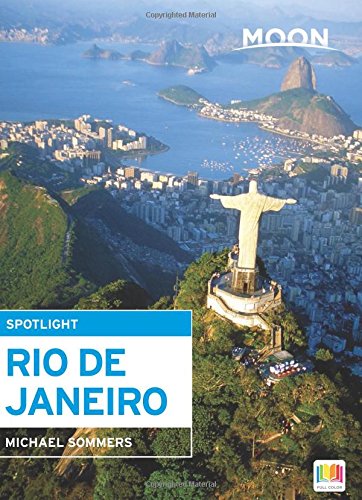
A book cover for Moon Spotlight Rio de Janeiro; Michael Sommers; Travel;